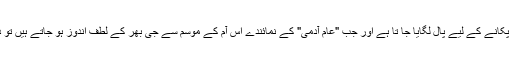
جبکہ کچھ آموں کو وقت سے پہلے پکانے کے لیے پال لگایا جا تا ہے اور جب "عام آدمی" کے نمائندے اس آم کے موسم سے جی بھر کے لطف اندوز ہو جاتے ہیں تو دوسرے موسم کا انتظار کرتے ہیں۔